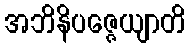
အဘိနိပဇ္ဇေယျာတိ